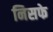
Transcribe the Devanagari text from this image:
निसफे